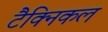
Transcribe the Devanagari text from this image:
टैक्निकल